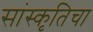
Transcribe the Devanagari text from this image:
सांस्कृतिचा